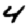
Digit: 4